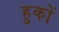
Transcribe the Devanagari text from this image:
हुकों